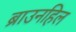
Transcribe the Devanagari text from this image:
ब्राउनहिल